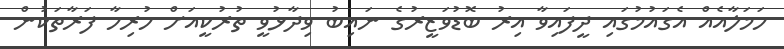
ހަމަލާއެއް އެގައުމުގައި ދީފައިވާ އިރު ބޮޑުވަޒީރުގެ ނައިބު ވިދާޅުވީ ތުރުކީއަށް ހުރިހާ ފަރާތަކުން